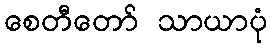
စေတီတော် သာယာပုံ